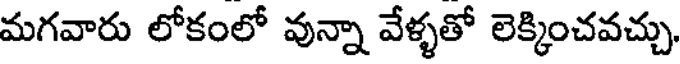
మగవారు లోకంలో వున్నా వేళ్ళతో లెక్కించవచ్చు.